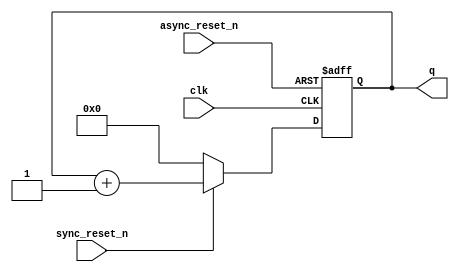
`timescale 1ns/1ps

module Counter #(parameter MAX_VALUE=255) (
    input clk, async_reset_n,
    input sync_reset_n,
    output reg [$clog2(MAX_VALUE+1)-1:0] q
);
    always @(posedge clk, negedge async_reset_n) begin
        if(~async_reset_n) begin
            q <= 'd0;
        end
        else begin
            if(~sync_reset_n) begin
                q <= 'd0;
            end
            else begin
                q <= q + 'd1;
            end
        end
    end
endmodule